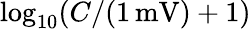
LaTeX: \log_{10}(C/(1\, \mathrm{mV})+1)